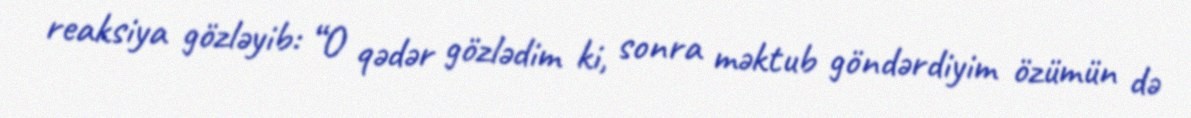
reaksiya gözləyib: “O qədər gözlədim ki, sonra məktub göndərdiyim özümün də